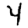
Digit: 4